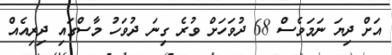
އަށް ދިޔަ ނަމަވެސް 68 ދުވަހަށް ވުރެ ގިނަ ދުވަހު މާސްގައި ދިރިއެއް